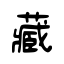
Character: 藏